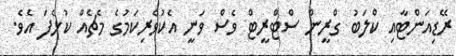
ރޭޑިއަންޓާއި ކްލަބު ގްރީން ސްޓްރީޓް ވެސް ވަނީ އެކުވެރިކަމުގެ މެޗެއް ކުޅެފަ އެވެ.